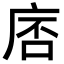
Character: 𪪓